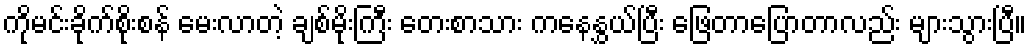
ကိုမင်းခိုက်စိုးစန် မေးလာတဲ့ ချစ်မိုးကြီး တေးစာသား ကနေနွှယ်ပြီး ဖြေတာပြောတာလည်း များသွားပြီ။